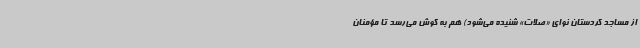
از مساجد کردستان نوای «صلات» شنیده می‌شود) هم به گوش می‌رسد تا مؤمنان